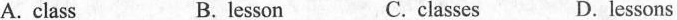
A. class B. lesson C. classes D.lessons